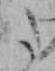
た